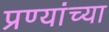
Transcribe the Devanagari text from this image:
प्रण्यांच्या